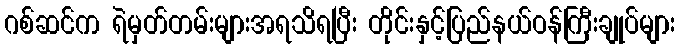
ဂစ်ဆင်က ရဲမှတ်တမ်းများအရသိရပြီး တိုင်းနှင့်ပြည်နယ်ဝန်ကြီးချုပ်များ